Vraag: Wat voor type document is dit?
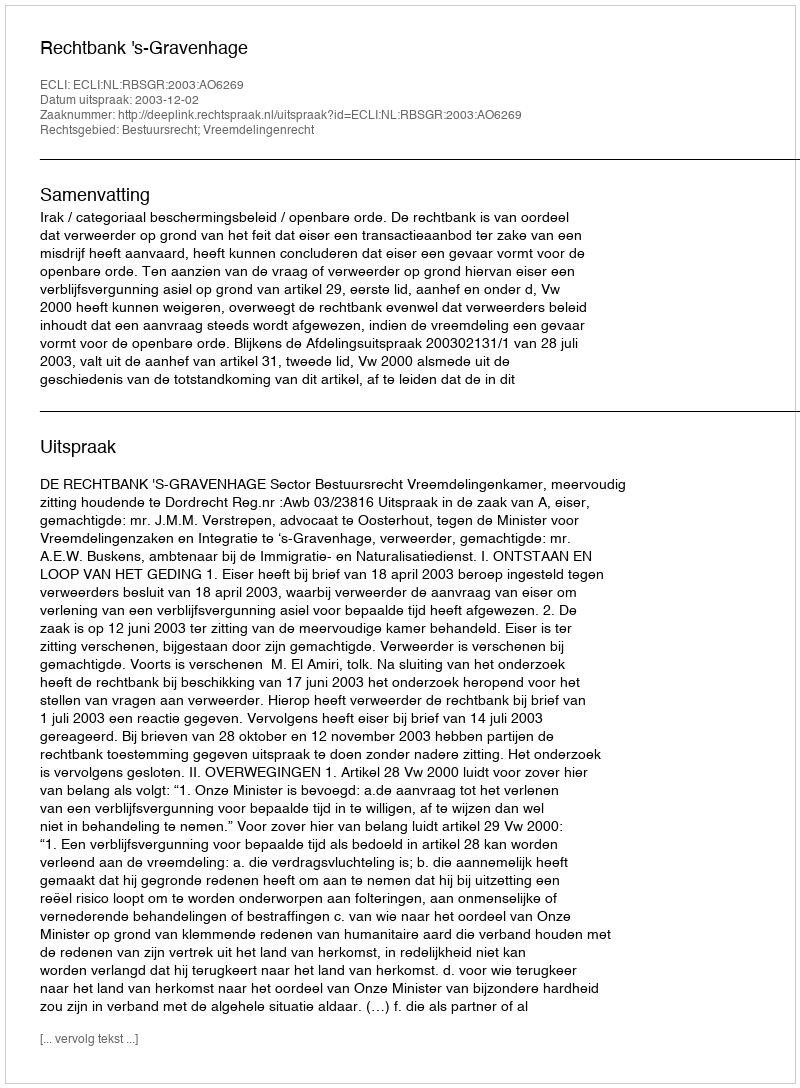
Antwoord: Uitspraak